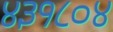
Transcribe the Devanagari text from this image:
४३१८०४